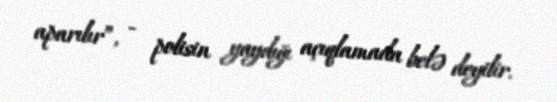
aparılır”, - polisin yaydığı açıqlamada belə deyilir.